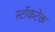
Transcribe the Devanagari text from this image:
स्टॉकटेक